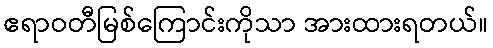
ဧရာဝတီမြစ်ကြောင်းကိုသာ အားထားရတယ်။